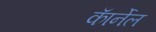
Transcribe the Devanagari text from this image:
काॅर्नेल